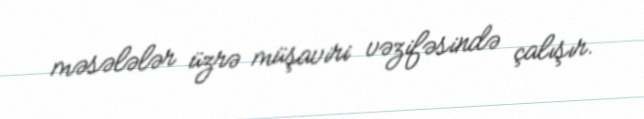
məsələlər üzrə müşaviri vəzifəsində çalışır.